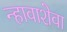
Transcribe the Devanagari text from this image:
न्हावाशेवा